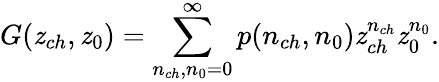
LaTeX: G(\mathit{z}_{ch},\mathit{z}_{0})=\sum_{n_{ch},n_{0}=0}^{\infty}p(n_{ch},n_{0})\mathit{z}_{ch}^{n_{ch}}\mathit{z}_{0}^{n_{0}}.